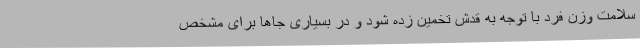
سلامت وزن فرد با توجه به قدش تخمین زده شود و در بسیاری جاها برای مشخص